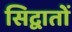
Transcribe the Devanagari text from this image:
सिद्वातों